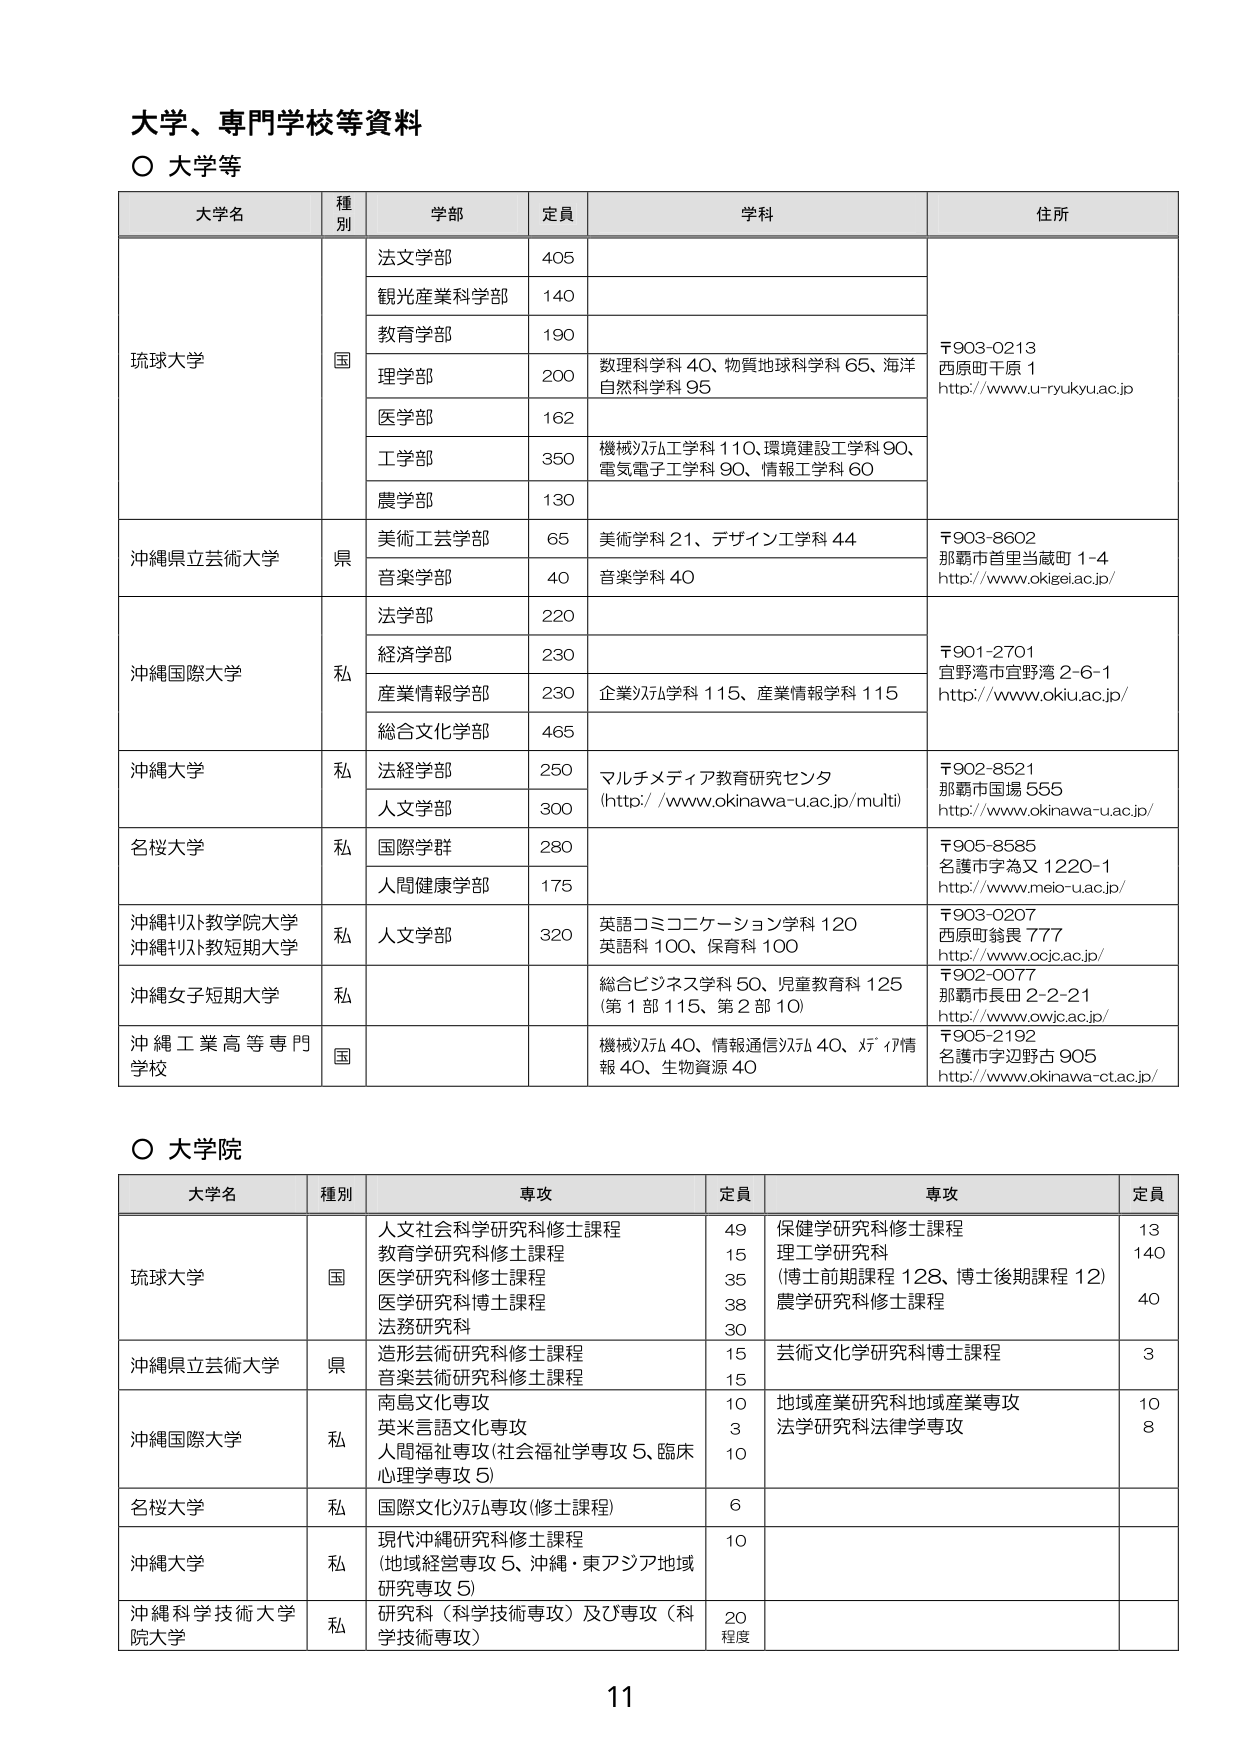
大学、専門学校等資料
○ 大学等

大学名　種別　学部　定員　学科　住所

琉球大学　国
　　法文学部　405
　　観光産業科学部　140
　　教育学部　190
　　理学部　200　数理科学科 40、物質地球科学科 65、海洋自然科学科 95
　　医学部　162
　　工学部　350　機械システム工学科 110、環境建設工学科 90、電気電子工学科 90、情報工学科 60
　　農学部　130

沖縄県立芸術大学　県
　　美術工芸学部　65　美術学科 21、デザイン工学科 44
　　音楽学部　40　音楽学科 40

沖縄国際大学　私
　　法学部　220
　　経済学部　230
　　産業情報学部　230　企業システム学科 115、産業情報学科 115
　　総合文化学部　465

沖縄大学　私
　　法経学部　250　マルチメディア教育研究センター (http://www.okinawa-u.ac.jp/multi)
　　人文学部　300

名桜大学　私
　　国際学群　280
　　人間健康学部　175

沖縄キリスト教学院大学
沖縄キリスト教短期大学　私
　　人文学部　320　英語コミュニケーション学科 120、英語科 100、保育科 100

沖縄女子短期大学　私
　　総合ビジネス学科 50、児童教育科 125 (第1部 115、第2部 10)

沖縄工業高等専門学校　国
　　機械システム 40、情報通信システム 40、メディア情報 40、生物資源 40

〒903-0213
西原町千原 1
http://www.u-ryukyu.ac.jp

〒903-8602
那覇市首里当蔵町 1-4
http://www.okigei.ac.jp/

〒901-2701
宜野湾市宜野湾 2-6-1
http://www.okiu.ac.jp/

〒902-8521
那覇市国場 555
http://www.okinawa-u.ac.jp/

〒905-8585
名護市字為又 1220-1
http://www.meio-u.ac.jp/

〒903-0207
西原町翁畏 777
http://www.ocic.ac.jp/

〒902-0077
那覇市長田 2-2-21
http://www.owjc.ac.jp/

〒905-2192
名護市字辺野古 905
http://www.okinawa-ct.ac.jp/

○ 大学院

大学名　種別　専攻　定員　専攻　定員

琉球大学　国
　　人文社会科学研究科修士課程　49
　　教育学研究科修士課程　15
　　医学研究科修士課程　35
　　医学研究科博士課程　38
　　法務研究科　30
　　保健学研究科修士課程　13
　　理工学研究科 (博士前期課程 128、博士後期課程 12)　140
　　農学研究科修士課程　40

沖縄県立芸術大学　県
　　造形芸術研究科修士課程　15
　　音楽芸術研究科修士課程　15
　　芸術文化学研究科博士課程　3

沖縄国際大学　私
　　南島文化専攻　10
　　英米言語文化専攻　3
　　人間福祉専攻 (社会福祉学専攻 5、臨床心理学専攻 5)　10
　　地域産業研究科地域産業専攻　10
　　法学研究科法律学専攻　8

名桜大学　私
　　国際文化システム専攻 (修士課程)　6

沖縄大学　私
　　現代沖縄研究科修士課程 (地域経営専攻 5、沖縄・東アジア地域研究専攻 5)　10

沖縄科学技術大学院大学　私
　　研究科 (科学技術専攻) 及び専攻 (科学技術専攻)　20 程度

11